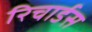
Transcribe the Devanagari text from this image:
रिचार्डस